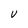
Character: U